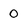
Character: 0